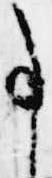
事